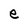
Character: e